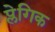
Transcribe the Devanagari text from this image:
प्लेगिक